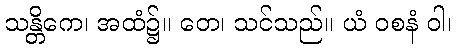
သန္တိကေ၊ အထံ၌။ တေ၊ သင်သည်။ ယံ ဝစနံ ဝါ၊